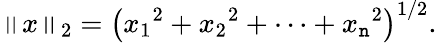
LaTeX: \left\| x\right\| _{2}=\left({x_{1}}^{2}+{x_{2}}^{2}+\dotsb+{x_{\mathtt{n}}}^{2}\right)^{1/2}.